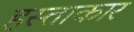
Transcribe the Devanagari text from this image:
हस्ताकार